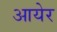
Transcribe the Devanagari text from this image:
आयेर